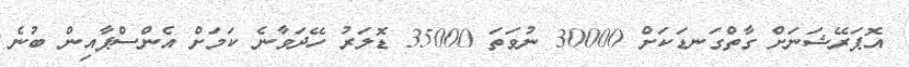
އޮޕަރޭޝަނަށް ގާތްގަނޑަކަށް 30000 ނުވަތަ 35000 ޑޮލަރު ހޭދަވާނެ ކަމަށް އެންސްޕާއިން ބުނެ